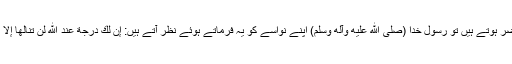
امام حسین علیہ السلام مدینہ سے نکلتے وقت جب قبر پیامبر اکرم (صلى الله عليه وآله وسلم) پر حاضر ہوتے ہیں تو رسول خدا (صلى الله عليه وآله وسلم) اپنے نواسے کو یہ فرماتے ہوئے نظر آتے ہیں: إن لك درجة عند الله لن تنالها إلا بالشهادة (حسین خدا کے ہاں تیرے لیے ایک مقام ہے، جسے پانے کے لیے شہادت ضروری ہے)۔